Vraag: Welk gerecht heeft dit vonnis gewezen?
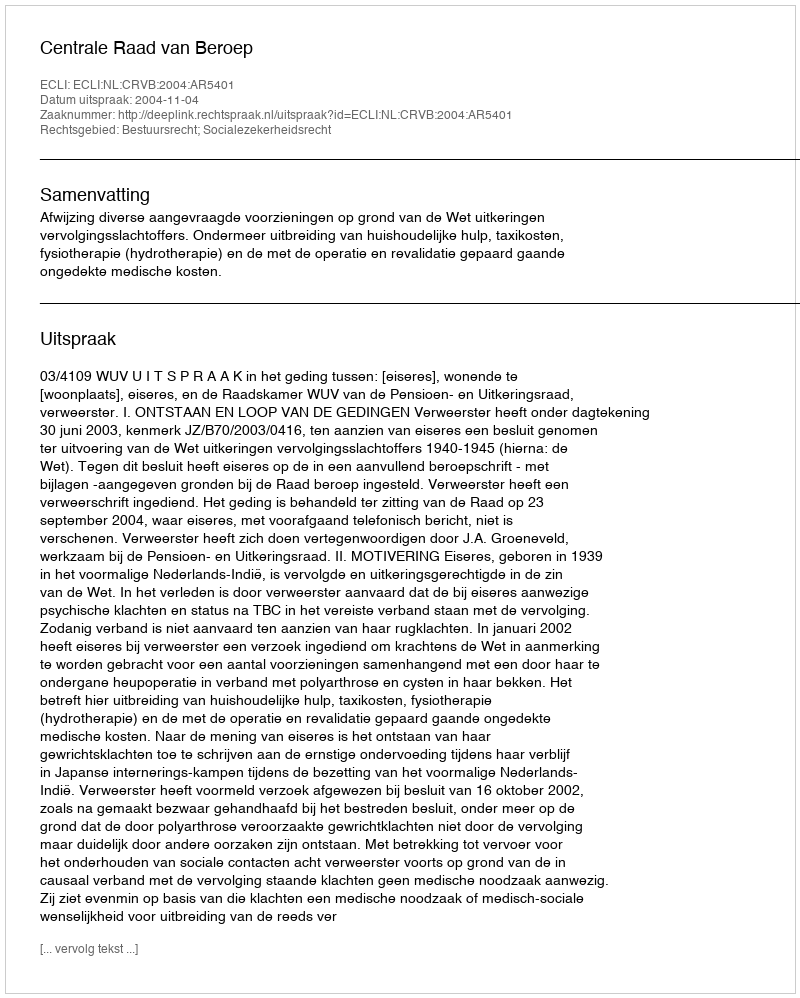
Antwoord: Centrale Raad van Beroep